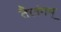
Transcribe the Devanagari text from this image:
तैलंगम्